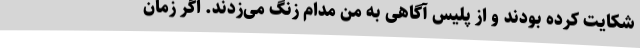
شکایت کرده بودند و از پلیس آگاهی به من مدام زنگ می‌زدند. اگر زمان